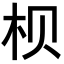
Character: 𪱷